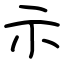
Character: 示